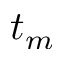
t _ { m }